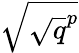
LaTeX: \sqrt{\sqrt{q}^{p}}